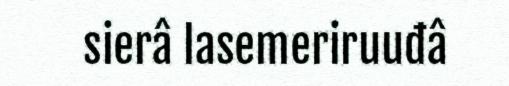
sierâ lasemeriruuđâ